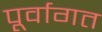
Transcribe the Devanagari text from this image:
पूर्वागत